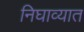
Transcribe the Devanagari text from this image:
निघाव्यात